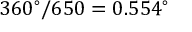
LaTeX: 3 6 0 ^ { \circ } / 6 5 0 = 0 . 5 5 4 ^ { \circ }